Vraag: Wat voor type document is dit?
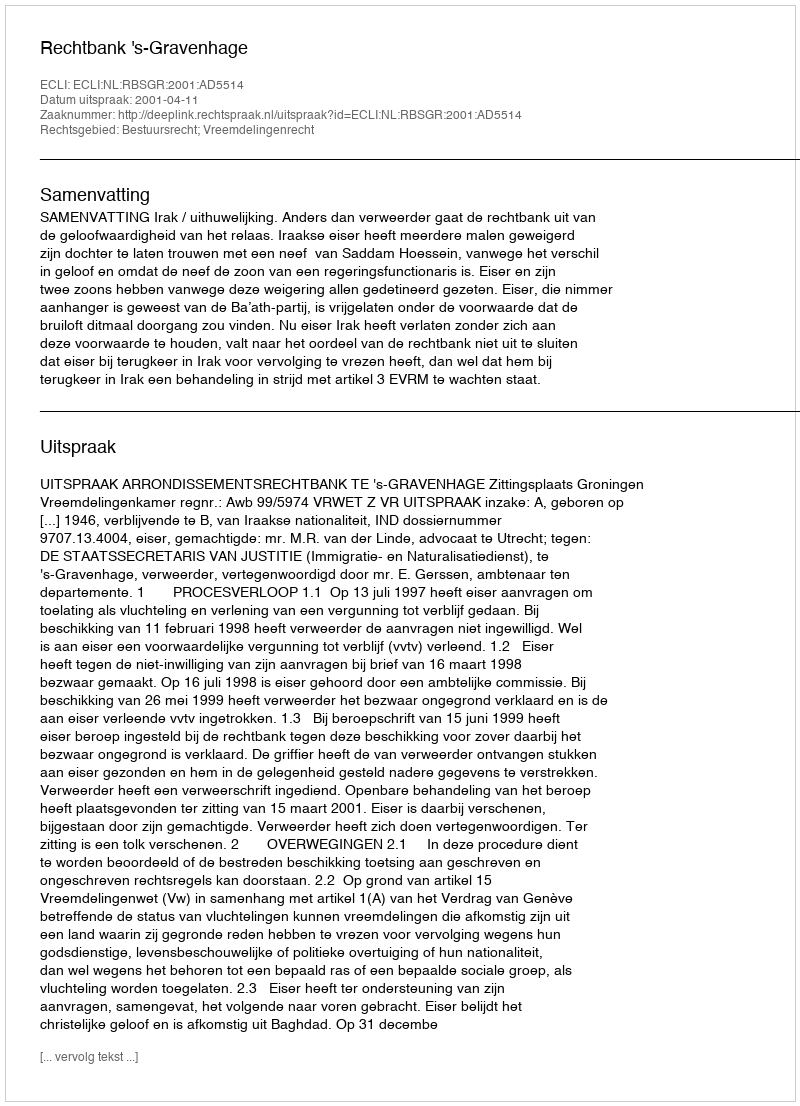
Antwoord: Uitspraak